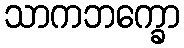
သာကဘက္ခော